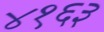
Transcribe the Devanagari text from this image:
४१६३